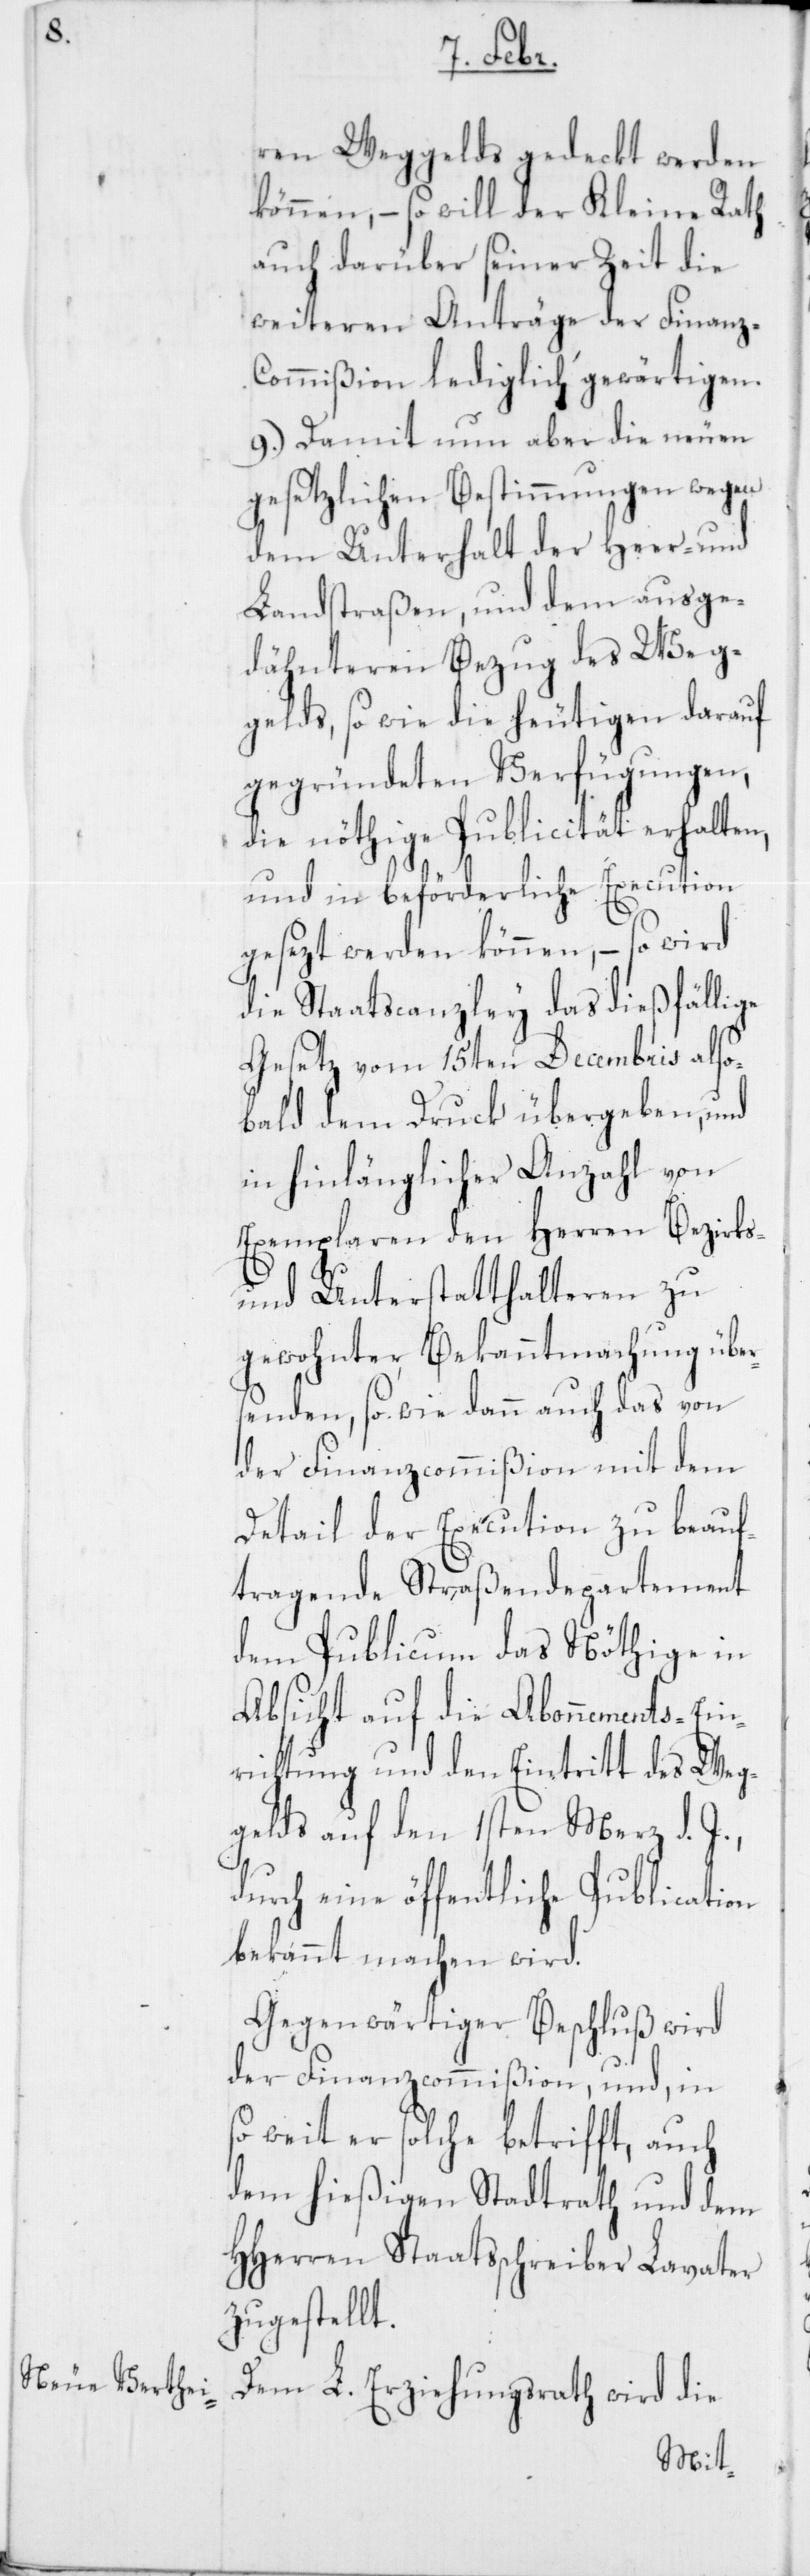
ren Weggelds gedeckt werden
können, – so will der Kleine Rath
auch darüber seiner Zeit die
weiteren Anträge der Finanz-C¬
ommißion lediglich gewärtigen.
9.) Damit nun aber die neuen
gesetzlichen Bestimmungen wegen
dem Unterhalt der Heer- und
Landstraßen, und dem ausge¬
dähnteren Bezug des Weg¬
gelds, so wie die heutigen darauf
gegründeten Verfügungen,
die nöthige Publicität erhalten,
und in beförderliche Execution
gesezt werden können, – so wird
die Staatscanzley das dießfällige
Gesetz vom 15ten Decembris also¬
bald dem Druck übergeben, und
in hinlänglicher Anzahl von
Exemplaren den Herren Bezirks-
und Unterstatthalteren zu
gewohnter Bekanntmachung übe¬
senden, so wie dann auch das von
der Finanzcommißion mit dem
Detail der Execution zu beauf¬
tragende Straßendepartement
dem Publicum das Nöthige in
Absicht auf die Abonnements-Ein¬
richtung und den Eintritt des Weg¬
gelds auf den 1sten Merz d. J.,
durch eine öffentliche Publication
bekannt machen wird.
Gegenwärtiger Beschluß wird
der Finanzcommißion, und, in
so weit er solche betrifft, auch
dem hießigen Stadtrath und dem
HHerren Staatsschreiber Lavater
zugestellt.
Dem L. Erziehungsrath wird die
r¬